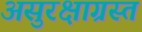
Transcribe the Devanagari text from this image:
असुरक्षाग्रस्त